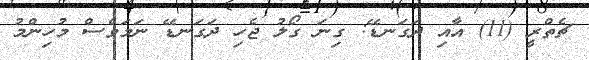
ޗެތްރީ (11) އާއި ދަގަނޑޭ: ގިނަ ގޯލު ޖެހި ދަގަނޑޭ ނަމަވެސް މުހިންމު